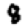
Digit: 8